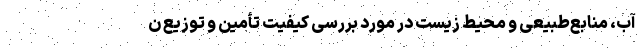
آب، منابع‌طبیعی ‌و محیط ‌زیست در مورد بررسی کیفیت تأمین و توزیع ن